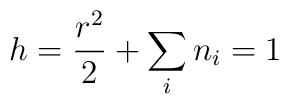
h = \frac{r^{2}}{2} + \sum_{i} n_{i} = 1